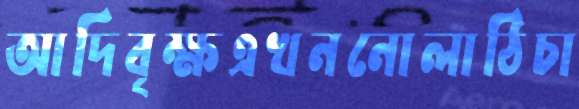
আদিবৃক্ষএখননোলাঠিচা